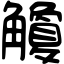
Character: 觼